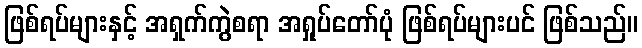
ဖြစ်ရပ်များနှင့် အရှက်ကွဲစရာ အရှုပ်တော်ပုံ ဖြစ်ရပ်များပင် ဖြစ်သည်။